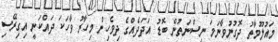
މައުލޫމާތު ދޮގުނުވާނަމަ ނިސްނަތުން ބޮޑު އަދަދެއްގެ ދިވެހިން މިހާރު ވާހަކަ ދައްކަނީ އިގިރޭސި